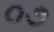
૦૭